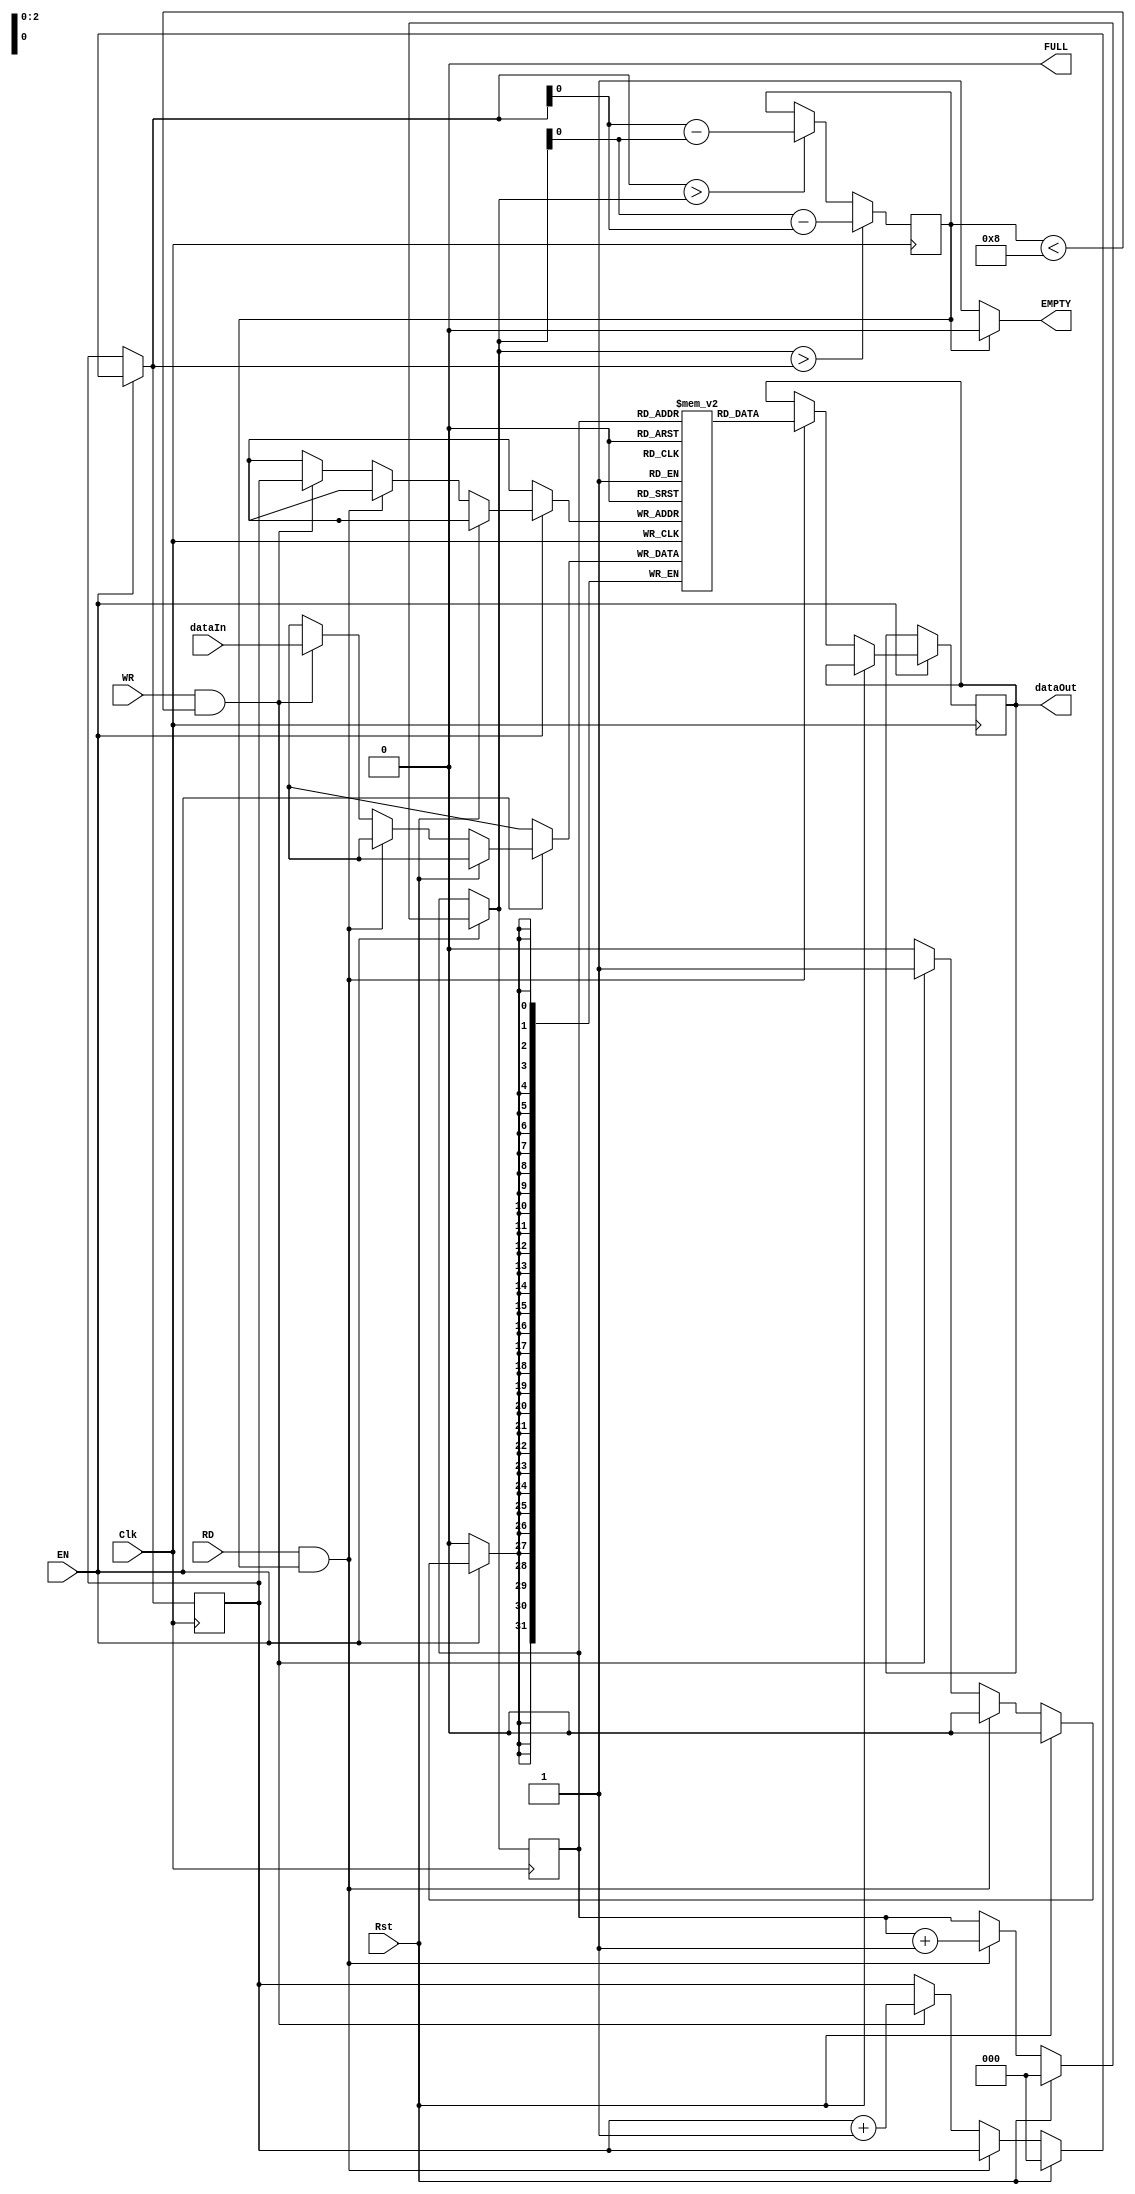
module FIFObuffer( Clk,
dataIn, RD,
WR,
EN,
dataOut, Rst, EMPTY, FULL
);
input Clk,
RD,
WR,
EN,
Rst;
output EMPTY, FULL;
input [31:0]	dataIn;
output reg [31:0] dataOut; // internal registers reg [2:0] Count = 0;
reg [31:0] FIFO [0:7];
reg [2:0] readCounter = 0,
writeCounter = 0;
 assign EMPTY = (Count==0)? 1'b1:1'b0; assign FULL = (Count==8)? 1'b1:1'b0; always @ (posedge Clk)
begin
if (EN==0);
else begin
if (Rst) begin readCounter = 0;
writeCounter = 0; end
else if (RD ==1'b1 && Count!=0) begin dataOut = FIFO[readCounter]; readCounter = readCounter+1;
end
else if (WR==1'b1 && Count<8) begin FIFO[writeCounter] = dataIn;
writeCounter = writeCounter+1; end
else; end
if (writeCounter==8) writeCounter=0;
else if (readCounter==8) readCounter=0;
else;
if (readCounter > writeCounter) begin Count=readCounter-writeCounter; end
else if (writeCounter > readCounter) Count=writeCounter-readCounter; else;
end endmodule